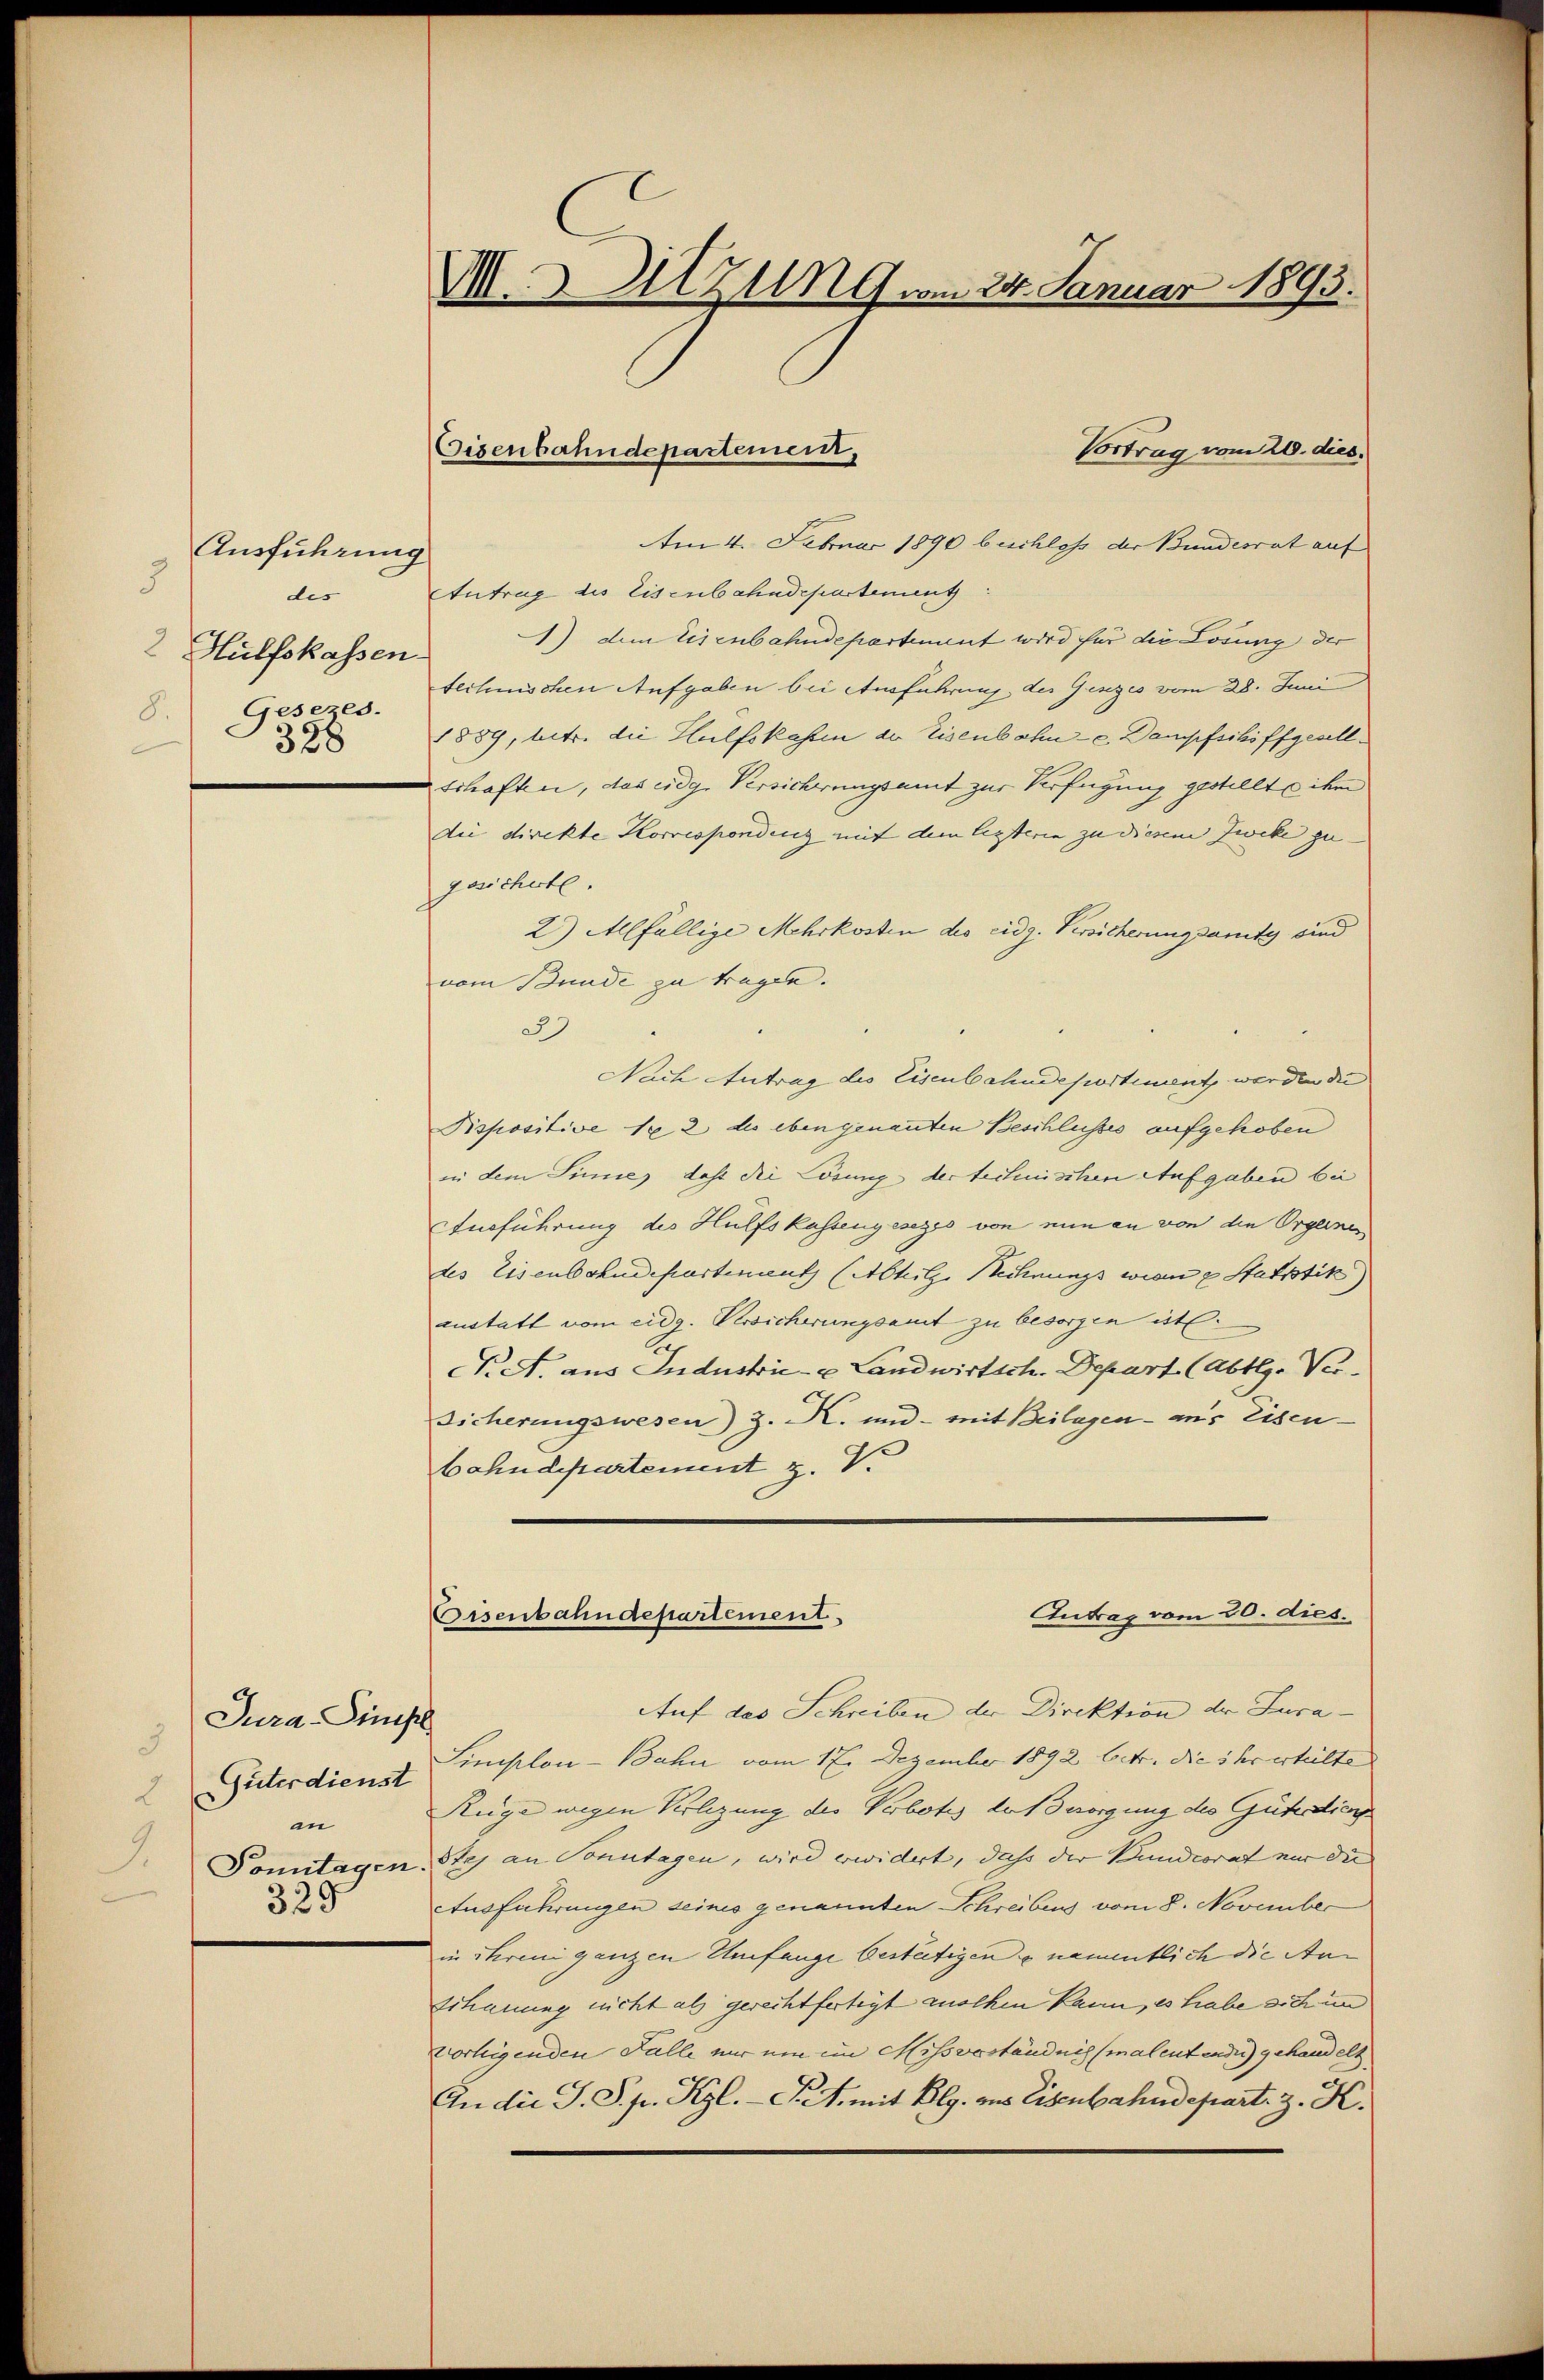
Ausführung
3
des
2 Hülfskassen
Gesezes.
8.
356
d

Jura-Simste
3
Güterdienst
2
an
329

VII. 3. Sitzung vom 24. Januar 1893.

Eisenbahndepartement,

Vortrag vom 20. dies.
Am 4. Februar 1890 beschloss der Bundesrat auf
Antrag des Eisenbahndepartement
) dem Eisenbahndepartement wird für die Losung der
technischen Aufgaben bei Ausführung der Ganzes vom 28. Juni
1889, betr. die Hülfskassen der Eisenbahn- u. Dampfschiffgesellschaften, das eidge Versicherungsamt zur Verfügung gestellte ihm
die direkte Korrespondenz mit dem lezteren zu diesem Zwecke zu- |
gesichete.
2) Allfällige Mehrkosten des eidg. Versicherungsamte sind
vom Bunde zu tragen.
29
Nach Antrag des Eisenbahndeportiment werden die
Pispositive 182 do eben genannten Beschlusses aufgehoben
in dem Sinne dass die Lösung der technischen Aufgaben bei
Ausführung des Hülfskassengesezes von nun an von den Orgernes
des Eisenbahndepartement (Abteilze Rechnungs wien u Statistik
zustatt vom eidg. Versicherungsamt zu besorgen ist.
Ach
N. A. aus Industrie- u Landwirtsch. Depart (Abth. Ver¬
Sicherungswesen) z. K. und - mit Beilagen - an’s Eisenbahndepartement z. V.
Antrag vom 20. dies.
Eisenbahndepartement.
Auf des Schreiben der Direktion der Luca¬
Simplon-Bahn vom 17. Dezember 1892 betr. die ihr erteilte
Rüge wegen Verlegung des Verbotes Außerorgung des Güterdien¬
Pomitagen Steg an Sonntagen, wird erwidert, daß der Bundesrat nur die |
Ausführungen seines genannten Schreibens vom 8. November
in ihrem ganzen Umfange bestätigen & namentlich die Am
schauung nicht als gerechtfertigt wollen kann, es habe sich un
vorligenden Falle nur ein im Missveständnis (malentendes) gehandelt
An die G. P. pr. Kgl. P. M. mit Plg. aus Eisenbahndepart. z. K.